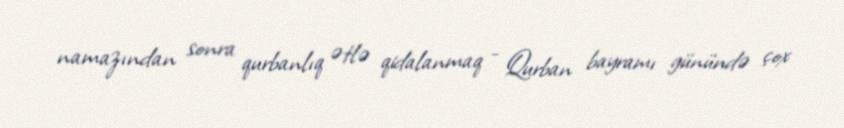
namazından sonra qurbanlıq ətlə qidalanmaq - Qurban bayramı günündə çox